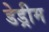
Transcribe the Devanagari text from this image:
डेड्रीम